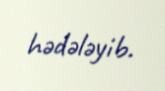
hədələyib.